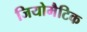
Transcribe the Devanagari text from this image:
जियोमैटिक